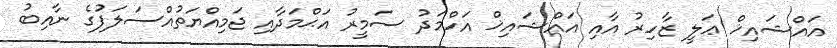
އައްޝައިޚް ޢަލީ ޒާހިރު އާއި އައްޝައިޚް އަހްމަދު ސަމީރު އަޙްމަދާއި ޖަމިއްޔަތުއްސަލަފުގެ ނާއިބު